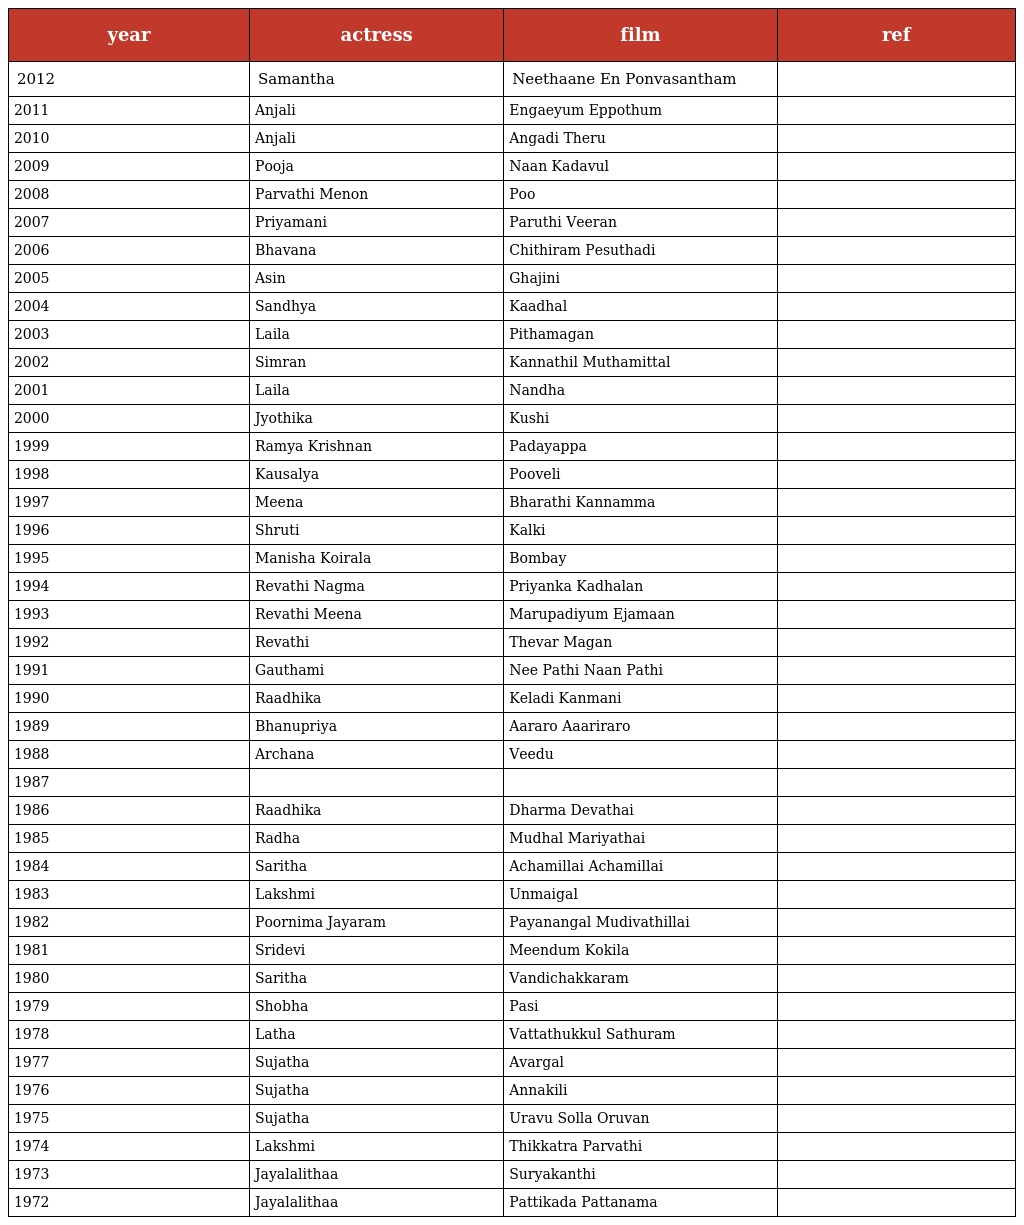
| year | actress | film | ref |
 | --- | --- | --- | --- |
 | 2012 | Samantha | Neethaane En Ponvasantham |  |
 | 2011 | Anjali | Engaeyum Eppothum |  |
 | 2010 | Anjali | Angadi Theru |  |
 | 2009 | Pooja | Naan Kadavul |  |
 | 2008 | Parvathi Menon | Poo |  |
 | 2007 | Priyamani | Paruthi Veeran |  |
 | 2006 | Bhavana | Chithiram Pesuthadi |  |
 | 2005 | Asin | Ghajini |  |
 | 2004 | Sandhya | Kaadhal |  |
 | 2003 | Laila | Pithamagan |  |
 | 2002 | Simran | Kannathil Muthamittal |  |
 | 2001 | Laila | Nandha |  |
 | 2000 | Jyothika | Kushi |  |
 | 1999 | Ramya Krishnan | Padayappa |  |
 | 1998 | Kausalya | Pooveli |  |
 | 1997 | Meena | Bharathi Kannamma |  |
 | 1996 | Shruti | Kalki |  |
 | 1995 | Manisha Koirala | Bombay |  |
 | 1994 | Revathi Nagma | Priyanka Kadhalan |  |
 | 1993 | Revathi Meena | Marupadiyum Ejamaan |  |
 | 1992 | Revathi | Thevar Magan |  |
 | 1991 | Gauthami | Nee Pathi Naan Pathi |  |
 | 1990 | Raadhika | Keladi Kanmani |  |
 | 1989 | Bhanupriya | Aararo Aaariraro |  |
 | 1988 | Archana | Veedu |  |
 | 1987 |  |  |  |
 | 1986 | Raadhika | Dharma Devathai |  |
 | 1985 | Radha | Mudhal Mariyathai |  |
 | 1984 | Saritha | Achamillai Achamillai |  |
 | 1983 | Lakshmi | Unmaigal |  |
 | 1982 | Poornima Jayaram | Payanangal Mudivathillai |  |
 | 1981 | Sridevi | Meendum Kokila |  |
 | 1980 | Saritha | Vandichakkaram |  |
 | 1979 | Shobha | Pasi |  |
 | 1978 | Latha | Vattathukkul Sathuram |  |
 | 1977 | Sujatha | Avargal |  |
 | 1976 | Sujatha | Annakili |  |
 | 1975 | Sujatha | Uravu Solla Oruvan |  |
 | 1974 | Lakshmi | Thikkatra Parvathi |  |
 | 1973 | Jayalalithaa | Suryakanthi |  |
 | 1972 | Jayalalithaa | Pattikada Pattanama |  |